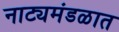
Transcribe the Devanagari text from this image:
नाट्यमंडळात